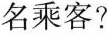
名乘客?